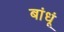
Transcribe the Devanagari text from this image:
बांधूं